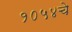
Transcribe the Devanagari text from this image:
१०५४चे